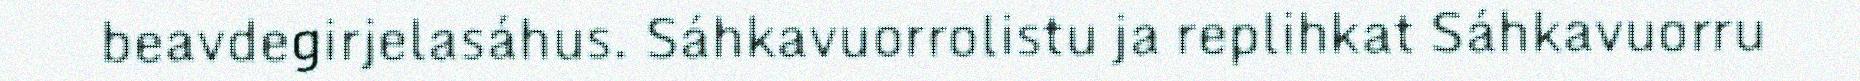
beavdegirjelasáhus. Sáhkavuorrolistu ja replihkat Sáhkavuorru